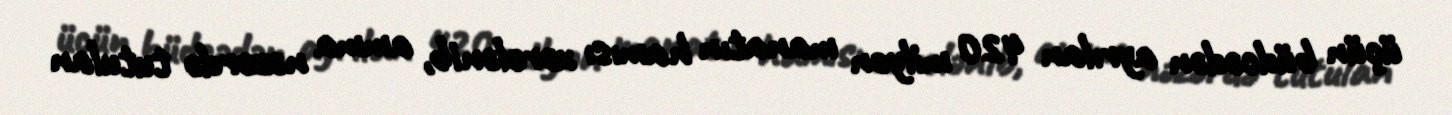
üçün büdcədən ayrılan 420 milyon manatın hamısı xərclənib, amma nəzərdə tutulan